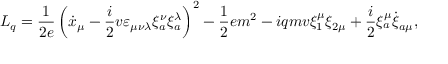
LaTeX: L _ { q } = \frac { 1 } { 2 e } \left( \dot { x } _ { \mu } - \frac { i } { 2 } v \varepsilon _ { \mu \nu \lambda } \xi _ { a } ^ { \nu } \xi _ { a } ^ { \lambda } \right) ^ { 2 } - \frac { 1 } { 2 } e m ^ { 2 } - i q m v \xi _ { 1 } ^ { \mu } \xi _ { 2 \mu } + \frac { i } { 2 } \xi _ { a } ^ { \mu } \dot { \xi } _ { a \mu } ,